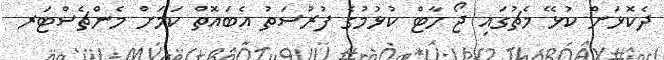
ދެކޮޅަށް ކުޅޭ މެޗުގައި ޖޯ ހާޓް ކުޅުމުގެ ފުރުސަތު އެބައޮތް ކަމަށް މެންޗެސްޓަރ